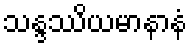
သန္ဒဿိယမာနာနံ